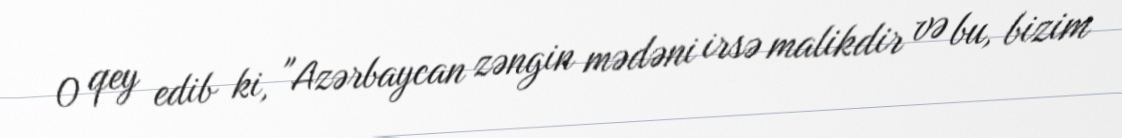
O qey edib ki, "Azərbaycan zəngin mədəni irsə malikdir və bu, bizim